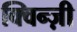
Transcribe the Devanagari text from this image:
क्विन्ज़ी